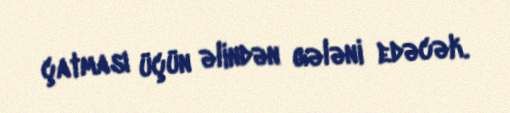
çatması üçün əlindən gələni edəcək.